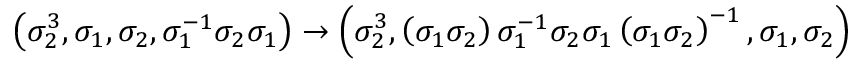
\left( \sigma _ { 2 } ^ { 3 } , \sigma _ { 1 } , \sigma _ { 2 } , \sigma _ { 1 } ^ { - 1 } \sigma _ { 2 } \sigma _ { 1 } \right) \to \left( \sigma _ { 2 } ^ { 3 } , \left( \sigma _ { 1 } \sigma _ { 2 } \right) \sigma _ { 1 } ^ { - 1 } \sigma _ { 2 } \sigma _ { 1 } \left( \sigma _ { 1 } \sigma _ { 2 } \right) ^ { - 1 } , \sigma _ { 1 } , \sigma _ { 2 } \right)